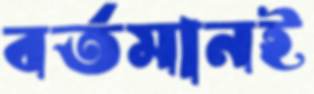
বর্তমানই